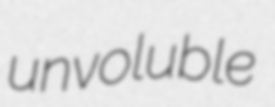
unvoluble